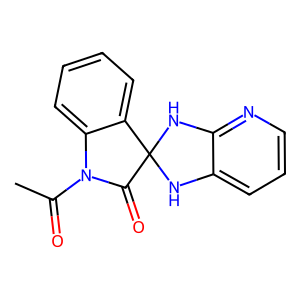
SMILES: CC(=O)N1C(=O)C2(Nc3cccnc3N2)c2ccccc21
Inhibits HIV replication: No